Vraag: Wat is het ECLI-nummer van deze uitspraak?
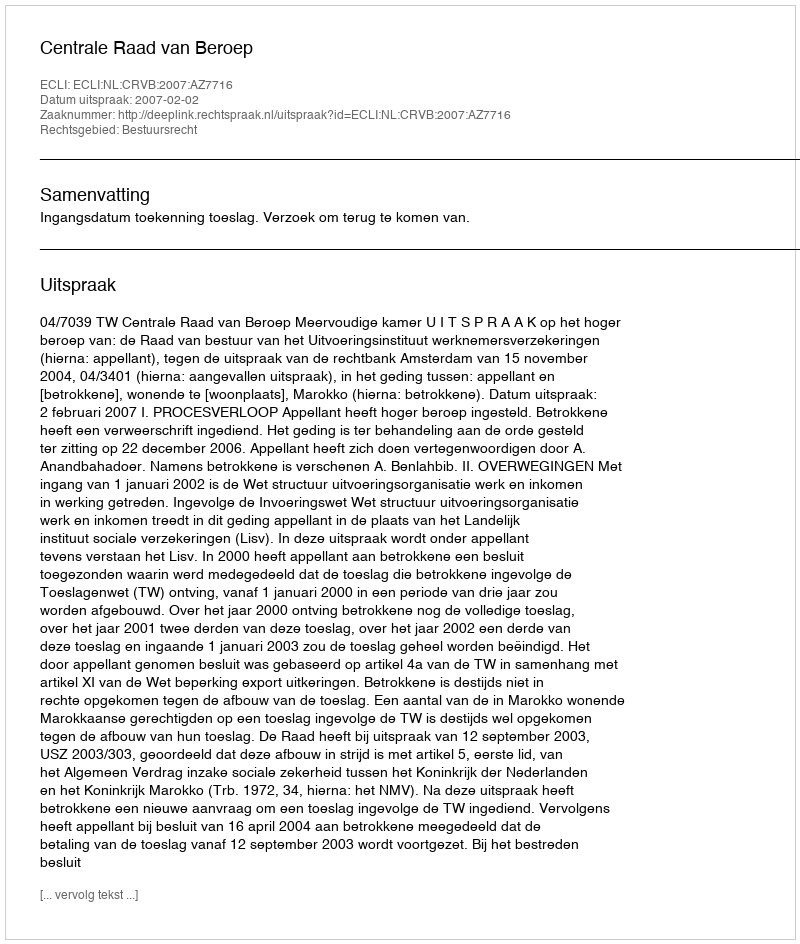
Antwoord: ECLI:NL:CRVB:2007:AZ7716